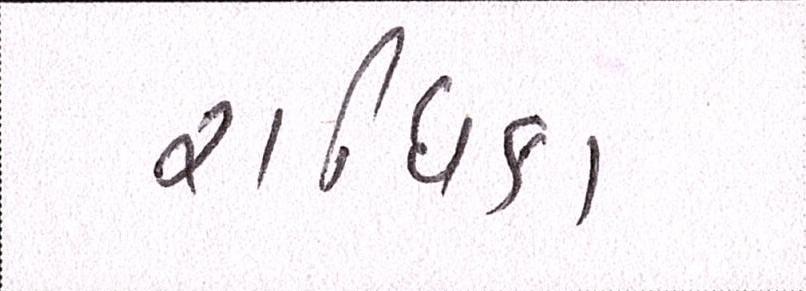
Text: રાધિકા